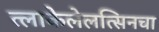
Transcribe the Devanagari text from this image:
त्लाकेलेलत्सिनचा